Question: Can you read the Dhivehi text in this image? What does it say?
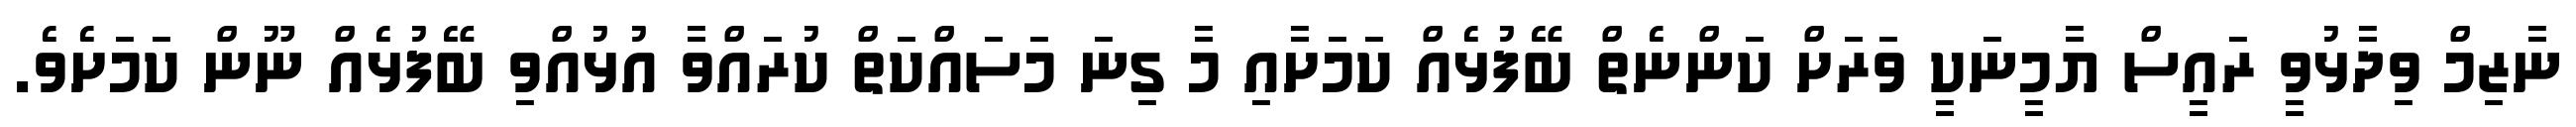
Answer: ނާޒިމް ވިދާޅުވީ ރައީސް ޔާމީނަކީ ވަރަށް ކަންނެތް ބޭފުޅެއް ކަމަށާއި މާ ގިނަ މަސައްކަތް ކުރައްވާ އުޅުއްވި ބޭފުޅެއް ނޫން ކަމަށެވެ.